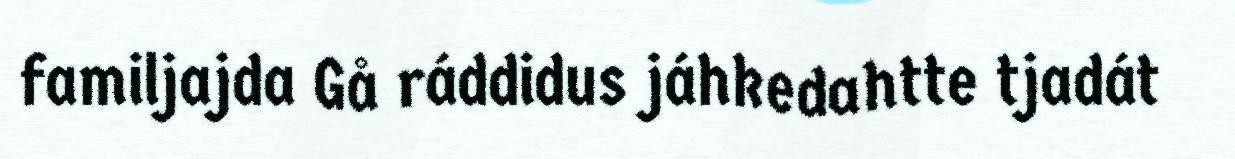
familjajda Gå ráddidus jáhkedahtte tjadát